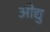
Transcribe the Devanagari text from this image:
ओद्यु